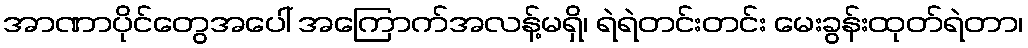
အာဏာပိုင်တွေအပေါ် အကြောက်အလန့်မရှိ၊ ရဲရဲတင်းတင်း မေးခွန်းထုတ်ရဲတာ၊